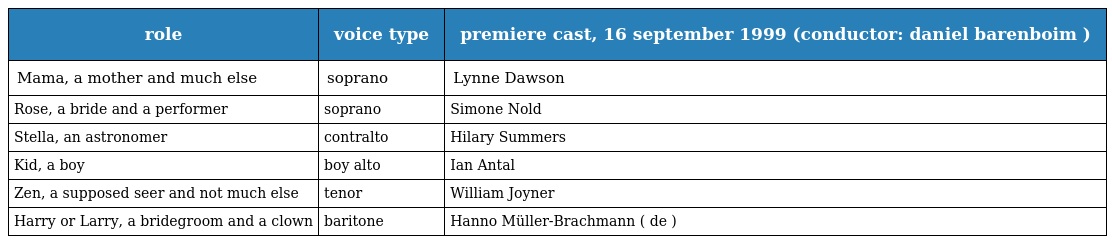
| role | voice type | premiere cast, 16 september 1999 (conductor: daniel barenboim ) |
 | --- | --- | --- |
 | Mama, a mother and much else | soprano | Lynne Dawson |
 | Rose, a bride and a performer | soprano | Simone Nold |
 | Stella, an astronomer | contralto | Hilary Summers |
 | Kid, a boy | boy alto | Ian Antal |
 | Zen, a supposed seer and not much else | tenor | William Joyner |
 | Harry or Larry, a bridegroom and a clown | baritone | Hanno Müller-Brachmann ( de ) |